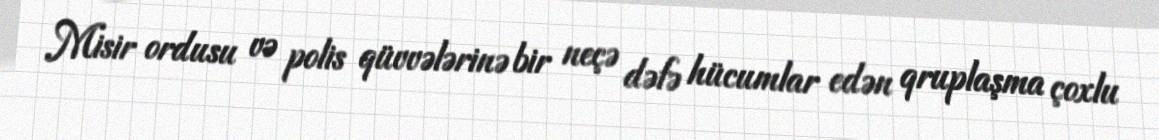
Misir ordusu və polis qüvvələrinə bir neçə dəfə hücumlar edən qruplaşma çoxlu